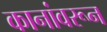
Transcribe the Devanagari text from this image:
कानांवरून